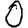
Digit: 0